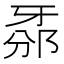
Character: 𤘊